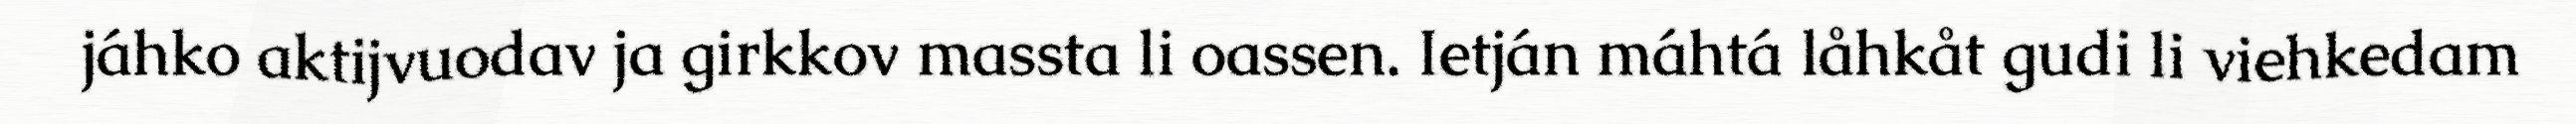
jáhko aktijvuodav ja girkkov massta li oassen. Ietján máhtá låhkåt gudi li viehkedam